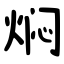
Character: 焖